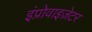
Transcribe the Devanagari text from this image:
इंप्रोवाइज़ेटर